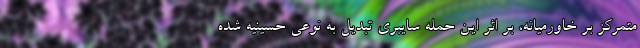
متمرکز بر خاورمیانه، بر اثر این حمله سایبری تبدیل به نوعی حسینیه شده